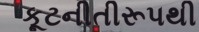
કૂટનીતીરૂપથી